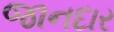
જાનદાર